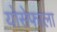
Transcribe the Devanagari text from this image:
योसेफाला